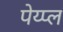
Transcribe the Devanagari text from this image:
पेय्प्ल